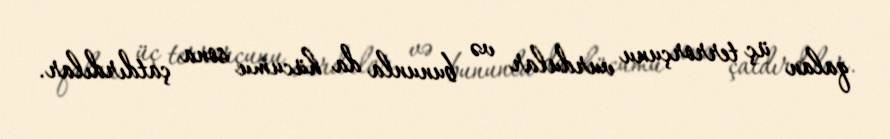
qalan üç terrorçunu vurdular və bununla da hücumu sona çatdırdılar.